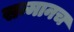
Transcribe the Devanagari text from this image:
सन्मानच